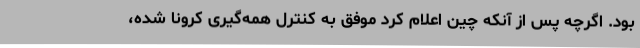
بود. اگرچه پس از آنکه چین اعلام کرد موفق به کنترل همه‌گیری کرونا شده،